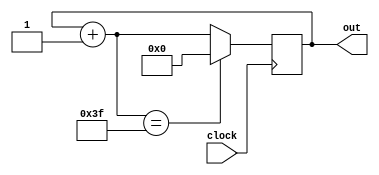
module test(
	input wire clock,
	output reg [31:0]out
	//output reg [5:0]out
);

initial begin
	out = 8'h0;
end


always @(posedge clock) begin
	out = out + 1;
	if(out == 8'h3f) begin
		out = 0;
	end
end


//THIS WORKS
//initial begin
	//out[31:0] = 32'h00000001;
//end

//reg [31:0] register [2:0];
//reg [2:0] count;
//
//initial begin
//	register[0] = 32'h01c38333;
//	register[1] = 32'h41c38333;
//	register[2] = 32'h01c3c333;
//end
//
//always @(posedge clock) begin
//	
//	if(count == 1'b0) begin
//		out = register[0];
//	end
//	
//	if(count == 1'b1) begin
//		out = register[1];
//	end
//	
//	if(count == 2'b10) begin
//		out = register[2];
//	end
//	
//	count = count+1;
//	
//end



endmodule